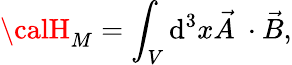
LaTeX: {\calH}_{M}=\int_{V}\mathrm{d}^{3}x\vec{{A}}~\cdot\vec{{B}},